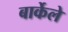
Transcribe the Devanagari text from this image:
बार्केले